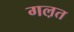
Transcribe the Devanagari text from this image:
गल़त